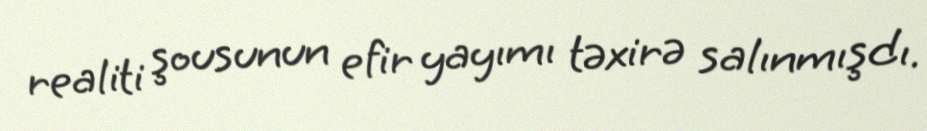
realiti şousunun efir yayımı təxirə salınmışdı.